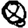
Digit: 0